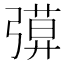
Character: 𢐖